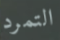
التمرد